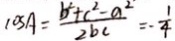
\cos A = \frac { b ^ { 2 } + c ^ { 2 } - a ^ { 2 } } { 2 b c } = - \frac { 1 } { 4 }